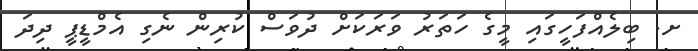
ށ. ބިލެއްފަހީގައި މީގެ ހަތަރު ވަރަކަށް ދުވަސް ކުރިން ނެގި އެމްޑީޕީ ދިދަ